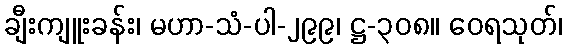
ချီးကျူးခန်း၊ မဟာ-သံ-ပါ-၂၉၉၊ ဋ္ဌ-၃၀၈။ ဝေရသုတ်၊